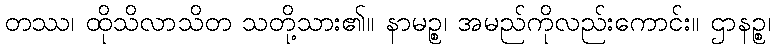
တဿ၊ ထိုသိလာသိတ သတို့သား၏။ နာမဉ္စ၊ အမည်ကိုလည်းကောင်း။ ဌာနဉ္စ၊